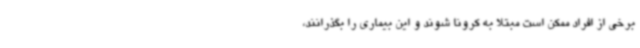
برخی از افراد ممکن است مبتلا به کرونا شوند و این بیماری را بگذرانند،